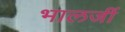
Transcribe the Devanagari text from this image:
भालजीं